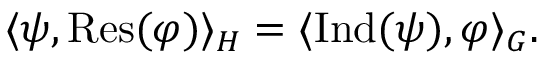
\langle \psi , { \mathrm { R e s } } ( \varphi ) \rangle _ { H } = \langle { \mathrm { I n d } } ( \psi ) , \varphi \rangle _ { G } .